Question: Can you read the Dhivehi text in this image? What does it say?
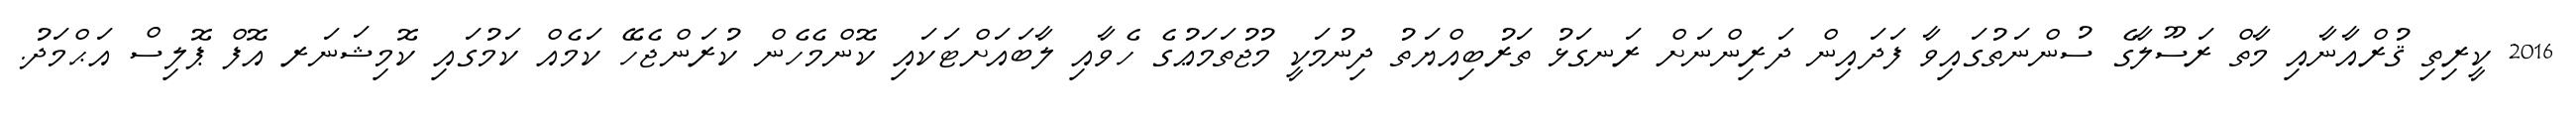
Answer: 2016 ކީރިތި ޤުރްއާނާއި މާތް ރަސޫލާގެ ސުންނަތުގައިވާ ފަދައިން ދަރިންނަށް ރަނގަޅު ތަރުބިއްޔަތު ދިނުމަކީ މުޖުތަމަޢުގެ ހެވާއި ލާބައަށްޓަކައި ކޮންމެހެން ކުރަންޖެހޭ ކަމެއް ކަމުގައި ކޮމިޝަނަރ އޮފް ޕޮލިސް އަޙްމަދު.